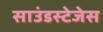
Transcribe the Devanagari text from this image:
साउंडस्टेजेस